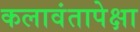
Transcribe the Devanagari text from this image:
कलावंतापेक्षा